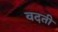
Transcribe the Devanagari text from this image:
वदती